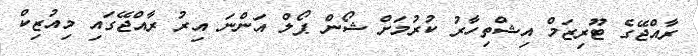
ރާއްޖޭގެ ޓޫރިޒަމް އިޝްތިހާރު ކުރުމަށް ޝޯން ޕޯލް އަންނަ އިރު ރާއްޖޭގައި މިއުޒިކް